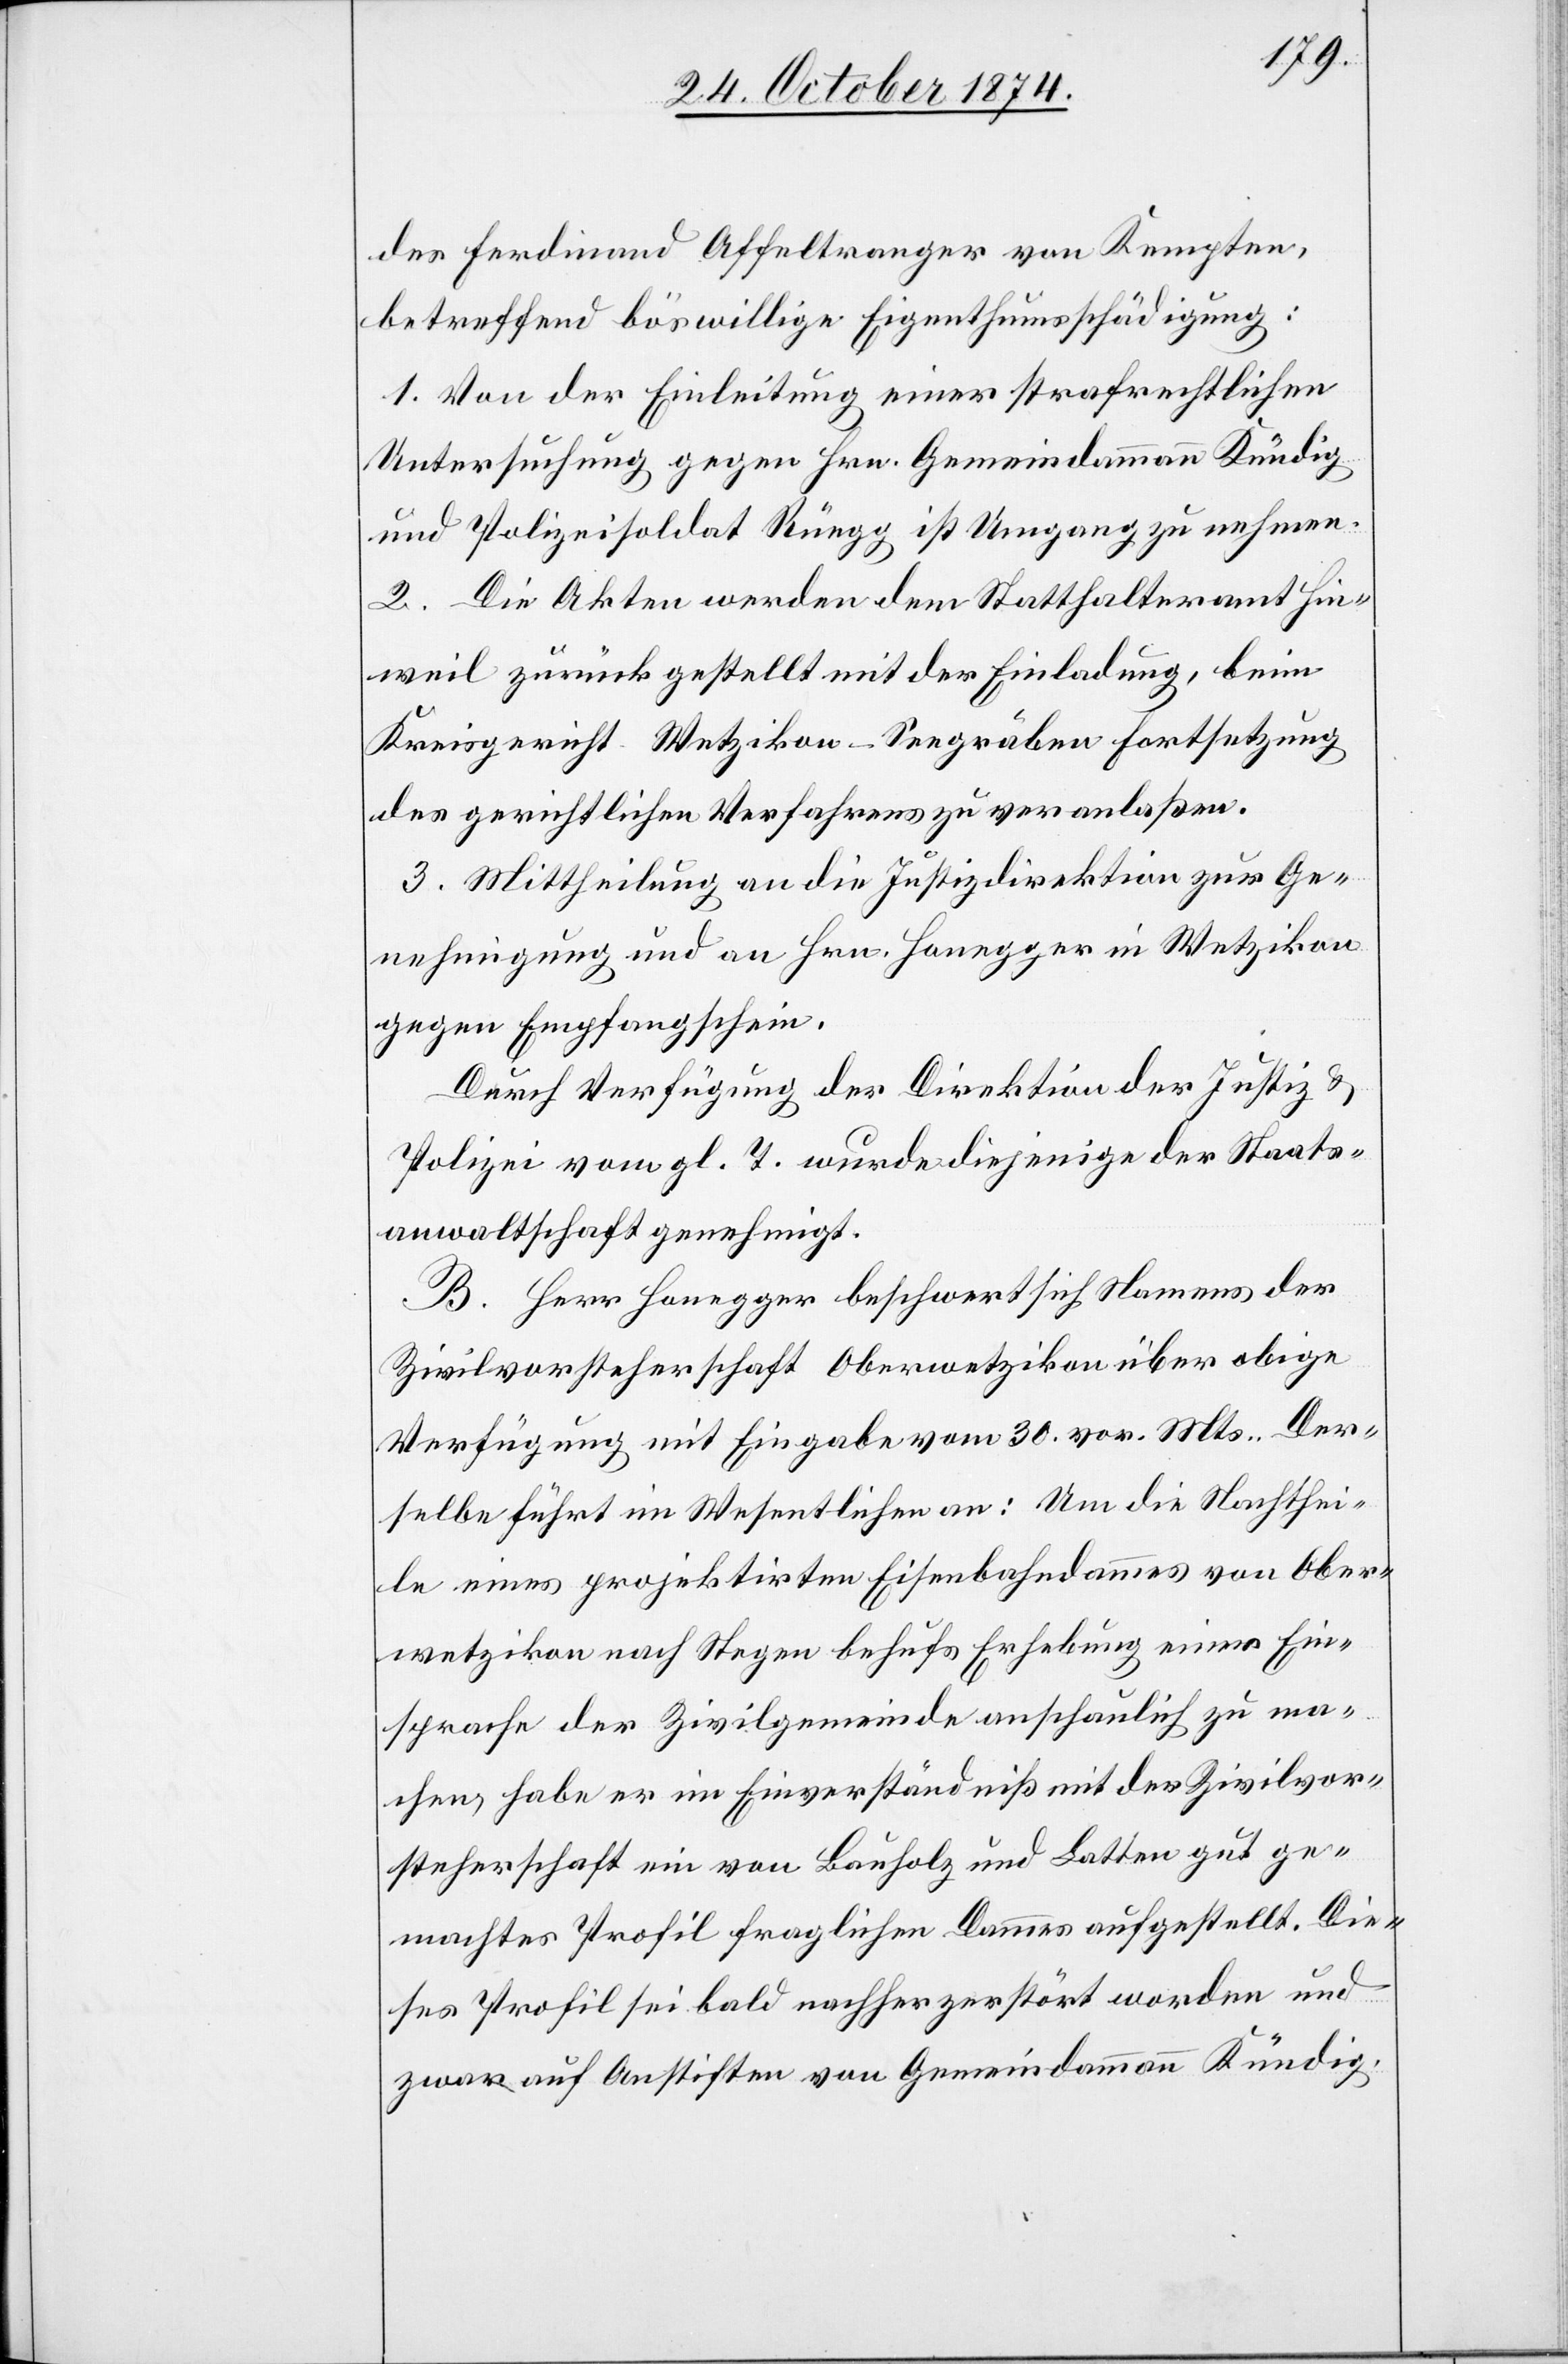
des Ferdinand Affeltranger von Kempten,
betreffend böswillige Eigenthumsschädigung:
1. Von der Einleitung einer strafrechtlichen
Untersuchung gegen Hrn. Gemeindammann Kündig
und Polizeisoldat Rüegg ist Umgang zu nehmen.
2. Die Akten werden dem Statthalteramt Hin¬
weil zurück gestellt mit der Einladung, beim
Kreisgericht Wetzikon-Seegräben Fortsetzung
des gerichtlichen Verfahrens zu veranlaßen.
3. Mittheilung an die Justizdirektion zur Ge¬
nehmigung und an Hrn. Honegger in Wetzikon
gegen Empfangschein.
Durch Verfügung der Direktion der Justiz &
Polizei vom gl. T. wurde diejenige der Staats¬
anwaltschaft genehmigt.
B. Herr Honegger beschwert sich Namens der
Zivilvorsteherschaft Oberwetzikon über obige
Verfügung mit Eingabe vom 30. vor. Mts. Der¬
selbe führt im Wesentlichen an: Um die Nachthei¬
le eines projektirten Eisenbahndammes von Ober¬
wetzikon nach Stegen behufs Erhebung einer Ein¬
sprache der Zivilgemeinde anschaulich zu ma¬
chen, habe er im Einverständniß mit der Zivilvor¬
steherschaft ein von Bauholz und Latten gut ge¬
machtes Profil fraglichen Dammes aufgestellt. Die¬
ses Profil sei bald nachher zerstört worden und
zwar auf Anstiften von Gemeindammann Kündig.